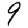
Digit: 9